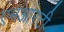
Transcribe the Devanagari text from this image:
एमआरटी